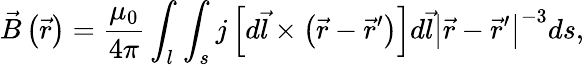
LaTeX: \vec{B}\left(\vec{r}\right)=\frac{\mu_{0}}{4\pi}\int_{l}\int_{s}j\left[d\vec{l}\times\left(\vec{r}-\vec{r}^{\prime}\right)\right]d\vec{l}\left|\vec{r}-\vec{r}^{\prime}\right|^{-3}ds,